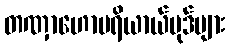
တဏှာဟောပရိယာယ်ပုဒ်များ